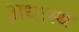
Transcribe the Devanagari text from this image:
अधःस्थ